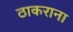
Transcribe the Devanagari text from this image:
ठाकराना